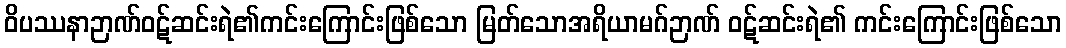
ဝိပဿနာဉာဏ်ဝဋ်ဆင်းရဲ၏ကင်းကြောင်းဖြစ်သော မြတ်သောအရိယာမဂ်ဉာဏ် ဝဋ်ဆင်းရဲ၏ ကင်းကြောင်းဖြစ်သော